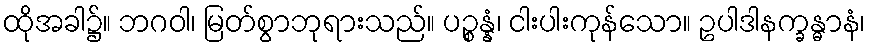
ထိုအခါ၌။ ဘဂဝါ၊ မြတ်စွာဘုရားသည်။ ပဉ္စန္နံ၊ ငါးပါးကုန်သော။ ဥပါဒါနက္ခန္ဓာနံ၊